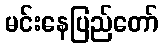
မင်းနေပြည်တော်